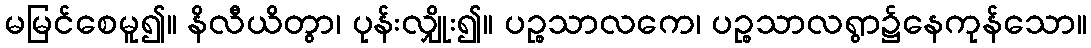
မမြင်စေမူ၍။ နိလီယိတွာ၊ ပုန်းလျှိုး၍။ ပဉ္စသာလကေ၊ ပဉ္စသာလရွာ၌နေကုန်သော။